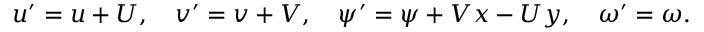
u ^ { \prime } = u + U , \quad v ^ { \prime } = v + V , \quad \psi ^ { \prime } = \psi + V x - U y , \quad \omega ^ { \prime } = \omega .